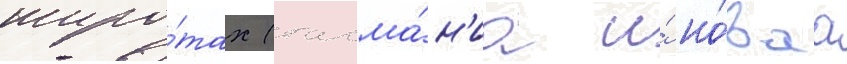
широ́тах (тасма́н'иа и́ но́ваа